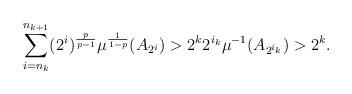
LaTeX: \begin{align*} \sum_{i=n_k}^{n_{k+1}} (2^i)^{\frac{p}{p-1}}\mu^{\frac{1}{1-p}}(A_{2^i}) >2^k 2^{i_k}\mu^{-1}(A_{2^{i_k}})>2^k .\end{align*}